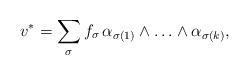
LaTeX: \begin{align*} v^* = \sum_\sigma f_\sigma \, \alpha_{\sigma (1)} \wedge \ldots \wedge \alpha_{\sigma (k)},\end{align*}